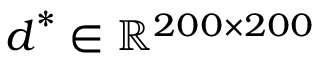
\boldsymbol { d } ^ { * } \in \mathbb { R } ^ { 2 0 0 \times 2 0 0 }